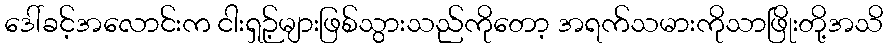
ဒေါ်ခင့်အလောင်းက ငါးရှဉ့်များဖြစ်သွားသည်ကိုတော့ အရက်သမားကိုသာဖြိုးတို့အသိ